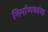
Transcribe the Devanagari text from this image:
निर्माणकांचा